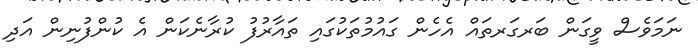
ނަމަވެސް ވީގަން ބަރގަރތައް އެހެން ގައުމުތަކުގައި ތައާރުފު ކުރާނެކަން އެ ކުންފުނިން އަދި